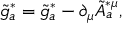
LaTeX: \tilde { g } _ { a } ^ { * } = \tilde { g } _ { a } ^ { * } - \partial _ { \mu } \tilde { A } _ { a } ^ { * \mu } ,